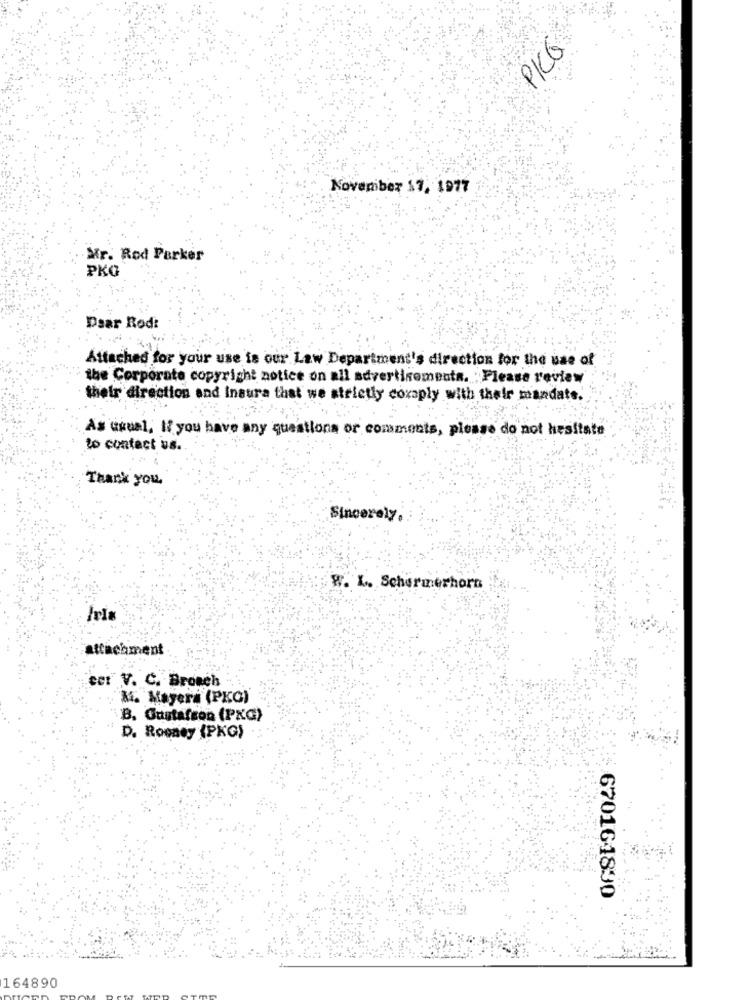
PICG
November 17, 1977
Mr. Rod Parker
PKO
Daar Rodi
Attached for your use is our Law Department's direction for the use of
the Corporate copyright notice on all advertisements. "Please review
their direction and insura that we strictly coxaply with their mandats.
As usual, If you have any questions or comments, please do not hesitate
to contact us.
Thank you.
Sincerely.
W. L. Schermerhorn
attachment
cet V. C. Bronch
Ki. Mayera (PKO)
B. Gustafson (PKG)
D. Rooney (PKG)
670161830
164890